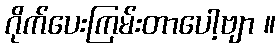
ဂိုက်ပေးကြမ်းတာပေါ့ဗျာ ။